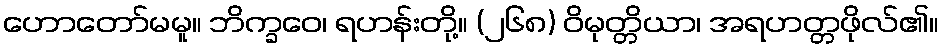
ဟောတော်မမူ။ ဘိက္ခဝေ၊ ရဟန်းတို့။ (၂၆၈) ဝိမုတ္တိယာ၊ အရဟတ္တဖိုလ်၏။